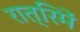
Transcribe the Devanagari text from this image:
रात्रिमें